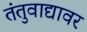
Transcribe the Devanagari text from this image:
तंतुवाद्यावर